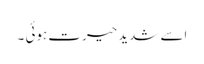
اسے شدید حیرت ہوئی ۔